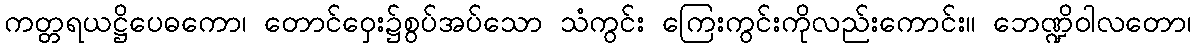
ကတ္တရယဋ္ဌိပေဓကော၊ တောင်ဝှေး၌စွပ်အပ်သော သံကွင်း ကြေးကွင်းကိုလည်းကောင်း။ ဘေဏ္ဍိဝါလတော၊